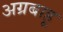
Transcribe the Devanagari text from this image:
अग्रबाहू